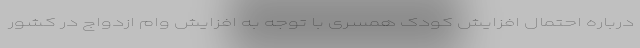
درباره احتمال افزایش کودک همسری با توجه به افزایش وام ازدواج در کشور